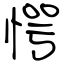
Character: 愕